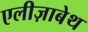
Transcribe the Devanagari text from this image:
एलीज़ाबेथ